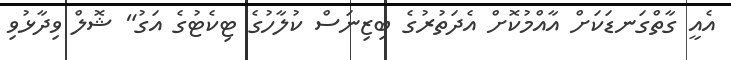
އެއީ ގާތްގަނޑަކަށް އާއްމުކޮށް އެދަތުރުގެ ބިޒިނަސް ކުލާހުގެ ޓިކެޓުގެ އަގު" ޝޮލް ވިދާޅުވި